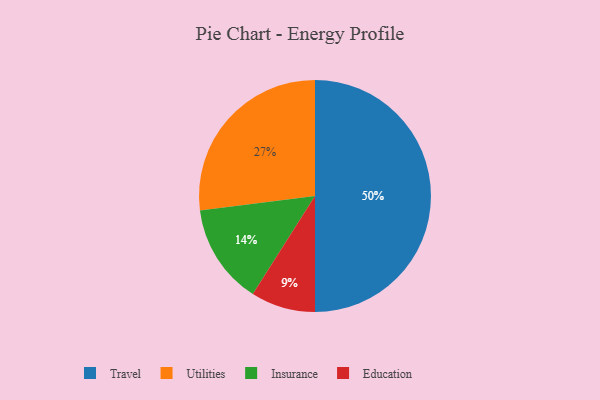
{"axis": {"x": "Category", "y": "Percentage"}, "legend": ["Education", "Insurance", "Travel", "Utilities"], "data": [{"x": "Utilities", "y": 27, "type": "Utilities"}, {"x": "Education", "y": 9, "type": "Education"}, {"x": "Insurance", "y": 14, "type": "Insurance"}, {"x": "Travel", "y": 50, "type": "Travel"}]}